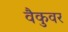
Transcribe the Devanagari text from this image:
वैकुवर